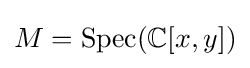
M=\operatorname {Spec} (\mathbb {C} [x,y])